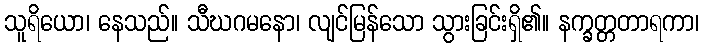
သူရိယော၊ နေသည်။ သီဃဂမနော၊ လျင်မြန်သော သွားခြင်းရှိ၏။ နက္ခတ္တတာရကာ၊